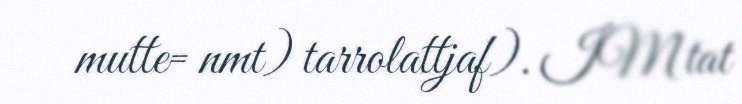
mutte= nmt) tarrolattjaf). IM tat